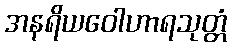
အနရိယဝေါဟာရသုတ္တံ